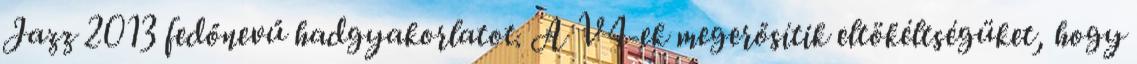
Jazz 2013 fedőnevű hadgyakorlatot. A V4-ek megerősítik eltökéltségüket, hogy